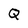
Character: Q